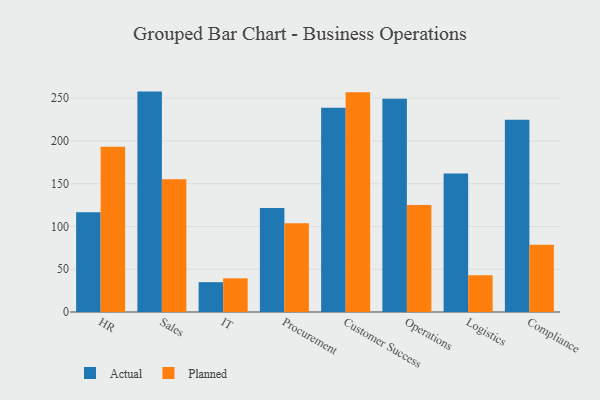
{"axis": {"x": "Department", "y": "LTV (USD)"}, "legend": ["Actual", "Planned"], "data": [{"x": "HR", "y": 116.8, "type": "Actual"}, {"x": "HR", "y": 193.2, "type": "Planned"}, {"x": "Sales", "y": 257.8, "type": "Actual"}, {"x": "Sales", "y": 155.3, "type": "Planned"}, {"x": "IT", "y": 34.9, "type": "Actual"}, {"x": "IT", "y": 39.4, "type": "Planned"}, {"x": "Procurement", "y": 121.6, "type": "Actual"}, {"x": "Procurement", "y": 103.9, "type": "Planned"}, {"x": "Customer Success", "y": 238.8, "type": "Actual"}, {"x": "Customer Success", "y": 256.9, "type": "Planned"}, {"x": "Operations", "y": 249.5, "type": "Actual"}, {"x": "Operations", "y": 125.2, "type": "Planned"}, {"x": "Logistics", "y": 162.1, "type": "Actual"}, {"x": "Logistics", "y": 43.1, "type": "Planned"}, {"x": "Compliance", "y": 224.8, "type": "Actual"}, {"x": "Compliance", "y": 78.8, "type": "Planned"}]}